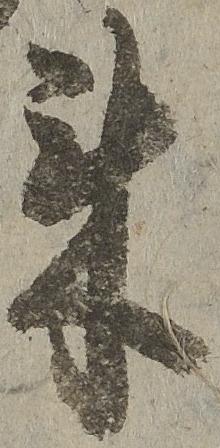
来